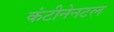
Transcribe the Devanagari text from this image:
कंटीनेनटल